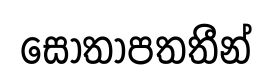
සොතාපතතීන්